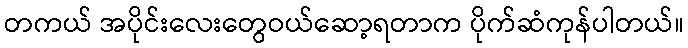
တကယ် အပိုင်းလေးတွေဝယ်ဆော့ရတာက ပိုက်ဆံကုန်ပါတယ်။